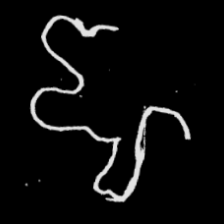
Pyu character \u2014 Myanmar letter: ဈ (romanized: jha)